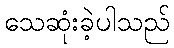
သေဆုံးခဲ့ပါသည်